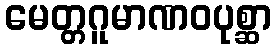
မေတ္တဂူမာဏဝပုစ္ဆာ